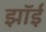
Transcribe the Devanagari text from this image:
झॉई